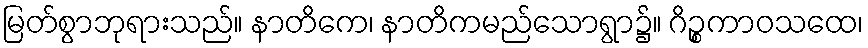
မြတ်စွာဘုရားသည်။ နာတိကေ၊ နာတိကမည်သောရွာ၌။ ဂိဉ္စကာဝသထေ၊